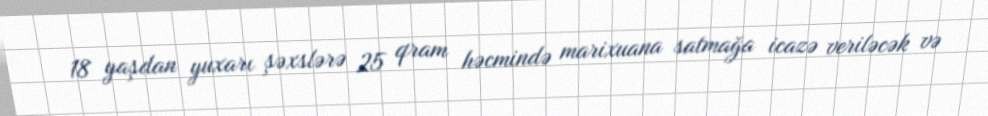
18 yaşdan yuxarı şəxslərə 25 qram həcmində marixuana satmağa icazə veriləcək və